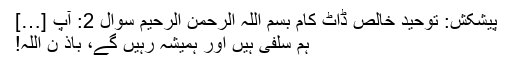
پیشکش: توحیدِ خالص ڈاٹ کام بسم اللہ الرحمن الرحیم سوال 2: آپ […]
ہم سلفی ہیں اور ہمیشہ رہیں گے، باذ ن اللہ!